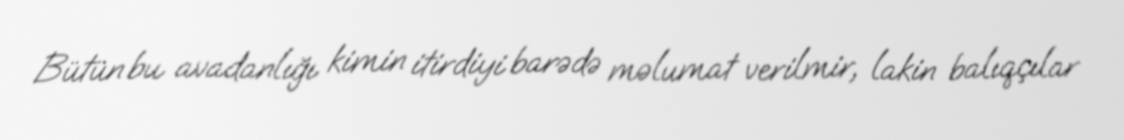
Bütün bu avadanlığı kimin itirdiyi barədə məlumat verilmir, lakin balıqçılar